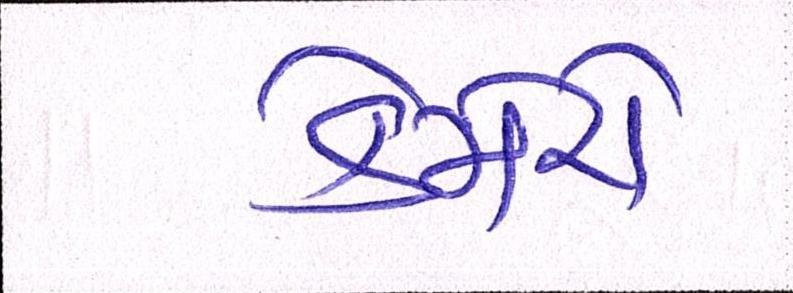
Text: કેમેરો